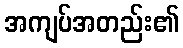
အကျပ်အတည်း၏